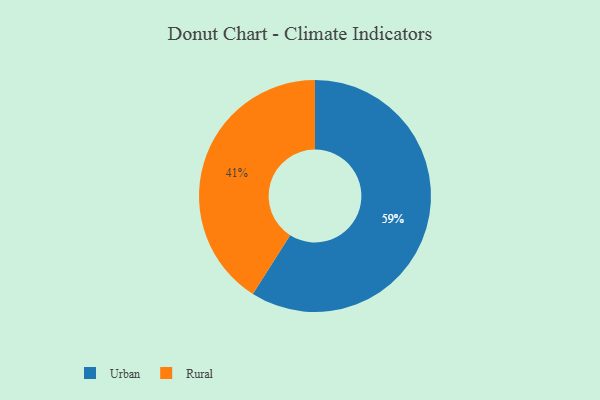
{"axis": {"x": "Category", "y": "Percentage"}, "legend": ["Rural", "Urban"], "data": [{"x": "Urban", "y": 59, "type": "Urban"}, {"x": "Rural", "y": 41, "type": "Rural"}]}